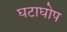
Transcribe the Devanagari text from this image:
घटाघोप